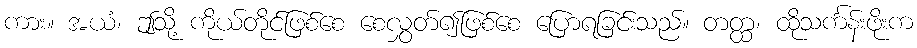
ကား။ အယံ၊ ဤသို့ ကိုယ်တိုင်ဖြစ်စေ စေလွှတ်၍ဖြစ်စေ ပြောရခြင်းသည်။ တတ္ထ၊ ထိုသင်္ကန်းဖိုးက